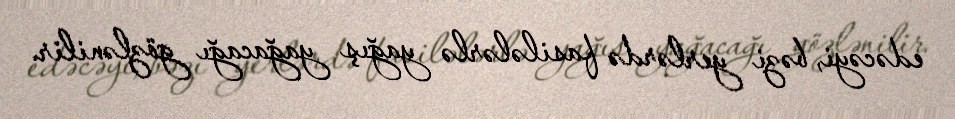
edəcəyi, bəzi yerlərdə fasilələrlə yağış yağacağı gözlənilir.